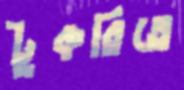
টুকরিতে